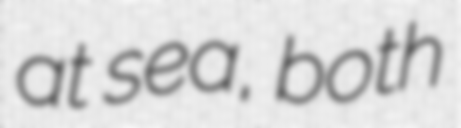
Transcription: at sea, both